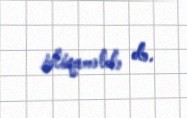
istiqamətdə də.